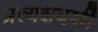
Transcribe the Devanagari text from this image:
प्रत्यक्षदर्शीं